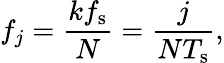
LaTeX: f_{j}=\frac{kf_{\mathrm{s}}}{N}=\frac{j}{NT_{\mathrm{s}}},